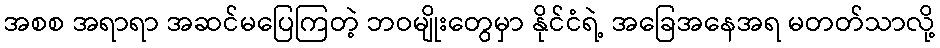
အစစ အရာရာ အဆင်မပြေကြတဲ့ ဘဝမျိုးတွေမှာ နိုင်ငံရဲ့ အခြေအနေအရ မတတ်သာလို့